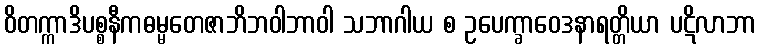
ဝိတက္ကာဒိပစ္စနီကဓမ္မတေဇာဘိဘဝါဘာဝါ သဘာဂါယ စ ဥပေက္ခာဝေဒနာရတ္တိယာ ပဋိလာဘာ